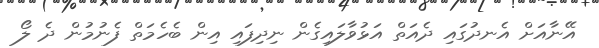
އޭނާއަށް އެނދުގައި ދެއަތް އަޅުވާލައިގެން ނިދިފައި އިން ބެހެމަތް ފެނުމުން ދެ ލޯ